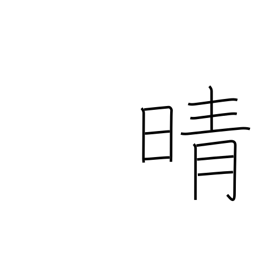
Meaning: clear up